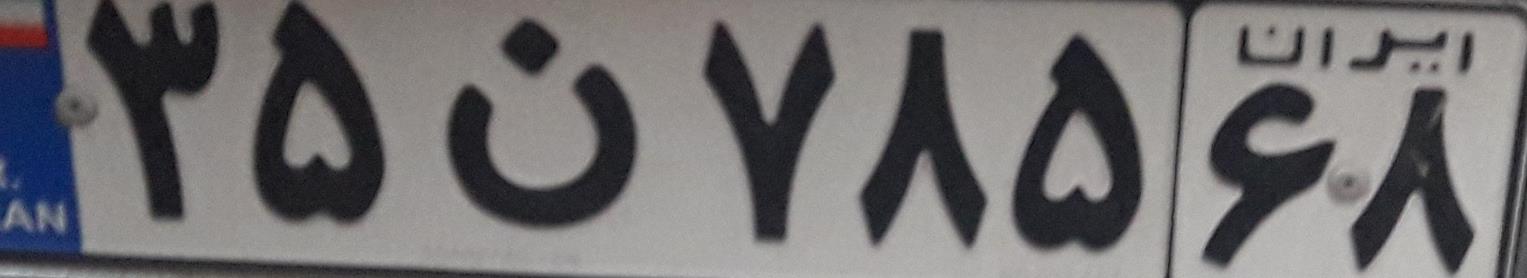
۳۵ن۷۸۵۶۸